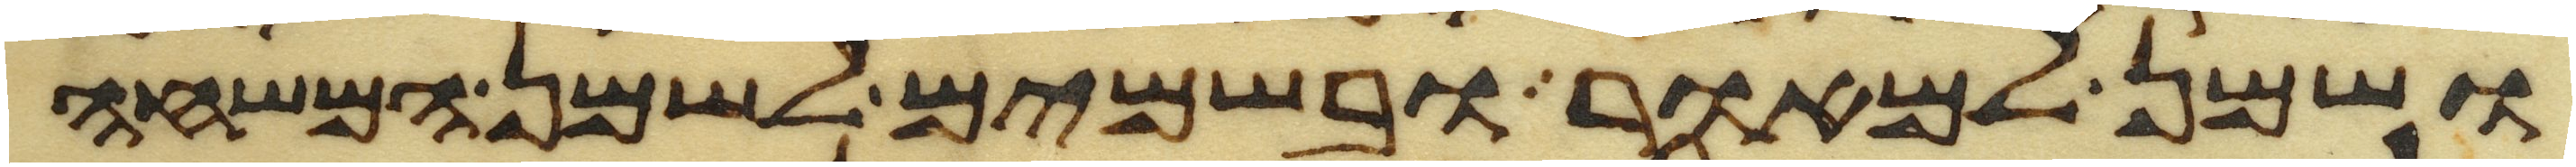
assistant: ושמן למאור ובשמים לשמן המשחה